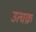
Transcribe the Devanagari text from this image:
उत्चक्र